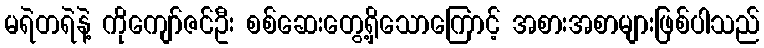
မရဲတရဲနဲ့ ကိုကျော်ဇင်ဦး စစ်ဆေးတွေ့ရှိသောကြောင့် အစားအစာများဖြစ်ပါသည်